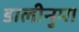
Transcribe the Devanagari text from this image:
डालीनुमा